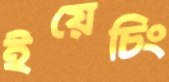
ইয়েচিং